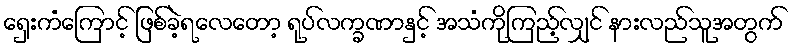
ရှေးကံကြောင့် ဖြစ်ခဲ့ရလေတော့ ရုပ်လက္ခဏာနှင့် အသံကိုကြည့်လျှင် နားလည်သူအတွက်